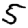
Digit: 5